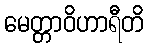
မေတ္တာဝိဟာရီတိ